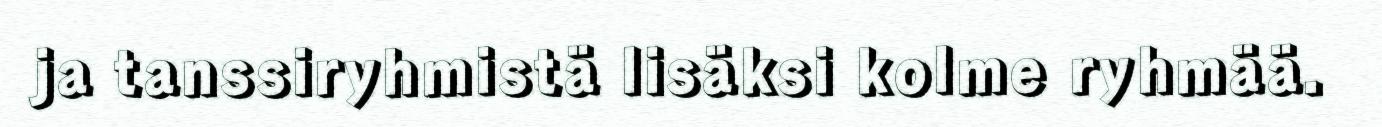
ja tanssiryhmistä lisäksi kolme ryhmää.